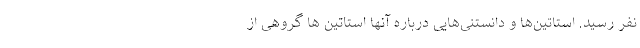
نفر رسید. استاتین‌ها و دانستنی‌هایی درباره آنها استاتین ها گروهی از